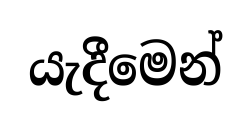
යැදීමෙන්